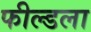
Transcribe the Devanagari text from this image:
फील्डला